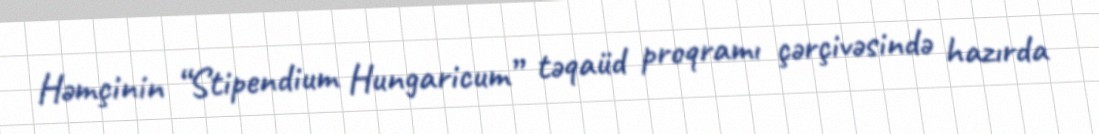
Həmçinin “Stipendium Hungaricum” təqaüd proqramı çərçivəsində hazırda